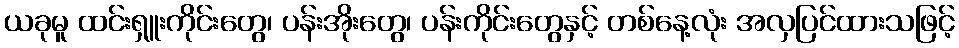
ယခုမူ ထင်းရှူးကိုင်းတွေ၊ ပန်းအိုးတွေ၊ ပန်းကိုင်းတွေနှင့် တစ်နေ့လုံး အလှပြင်ထားသဖြင့်